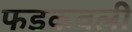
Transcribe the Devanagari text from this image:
फडकवली